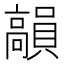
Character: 𩫣